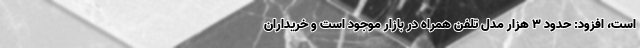
است، افزود: حدود 3 هزار مدل تلفن همراه در بازار موجود است و خریداران